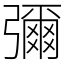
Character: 彌